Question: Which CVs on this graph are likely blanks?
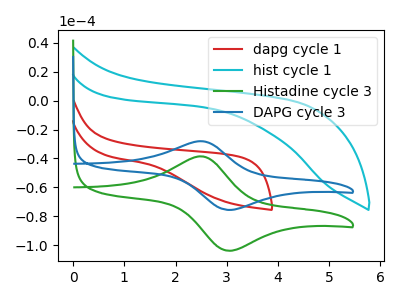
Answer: <think>The red curve "dapg cycle 1" has no peaks. The cyan curve "hist cycle 1" has no peaks. The green curve "Histadine cycle 3" has an anodic peak at (2.45V, -38.55uA) and a cathodic peak at (3.05V, -103.70uA). The blue curve "DAPG cycle 3" has an anodic peak at (2.45V, -28.05uA) and a cathodic peak at (3.05V, -75.50uA).</think>
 <answer>"dapg cycle 1" and "hist cycle 1" are likely to be blanks.</answer>
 <eval>"dapg cycle 1", "hist cycle 1"</eval>